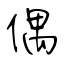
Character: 偶